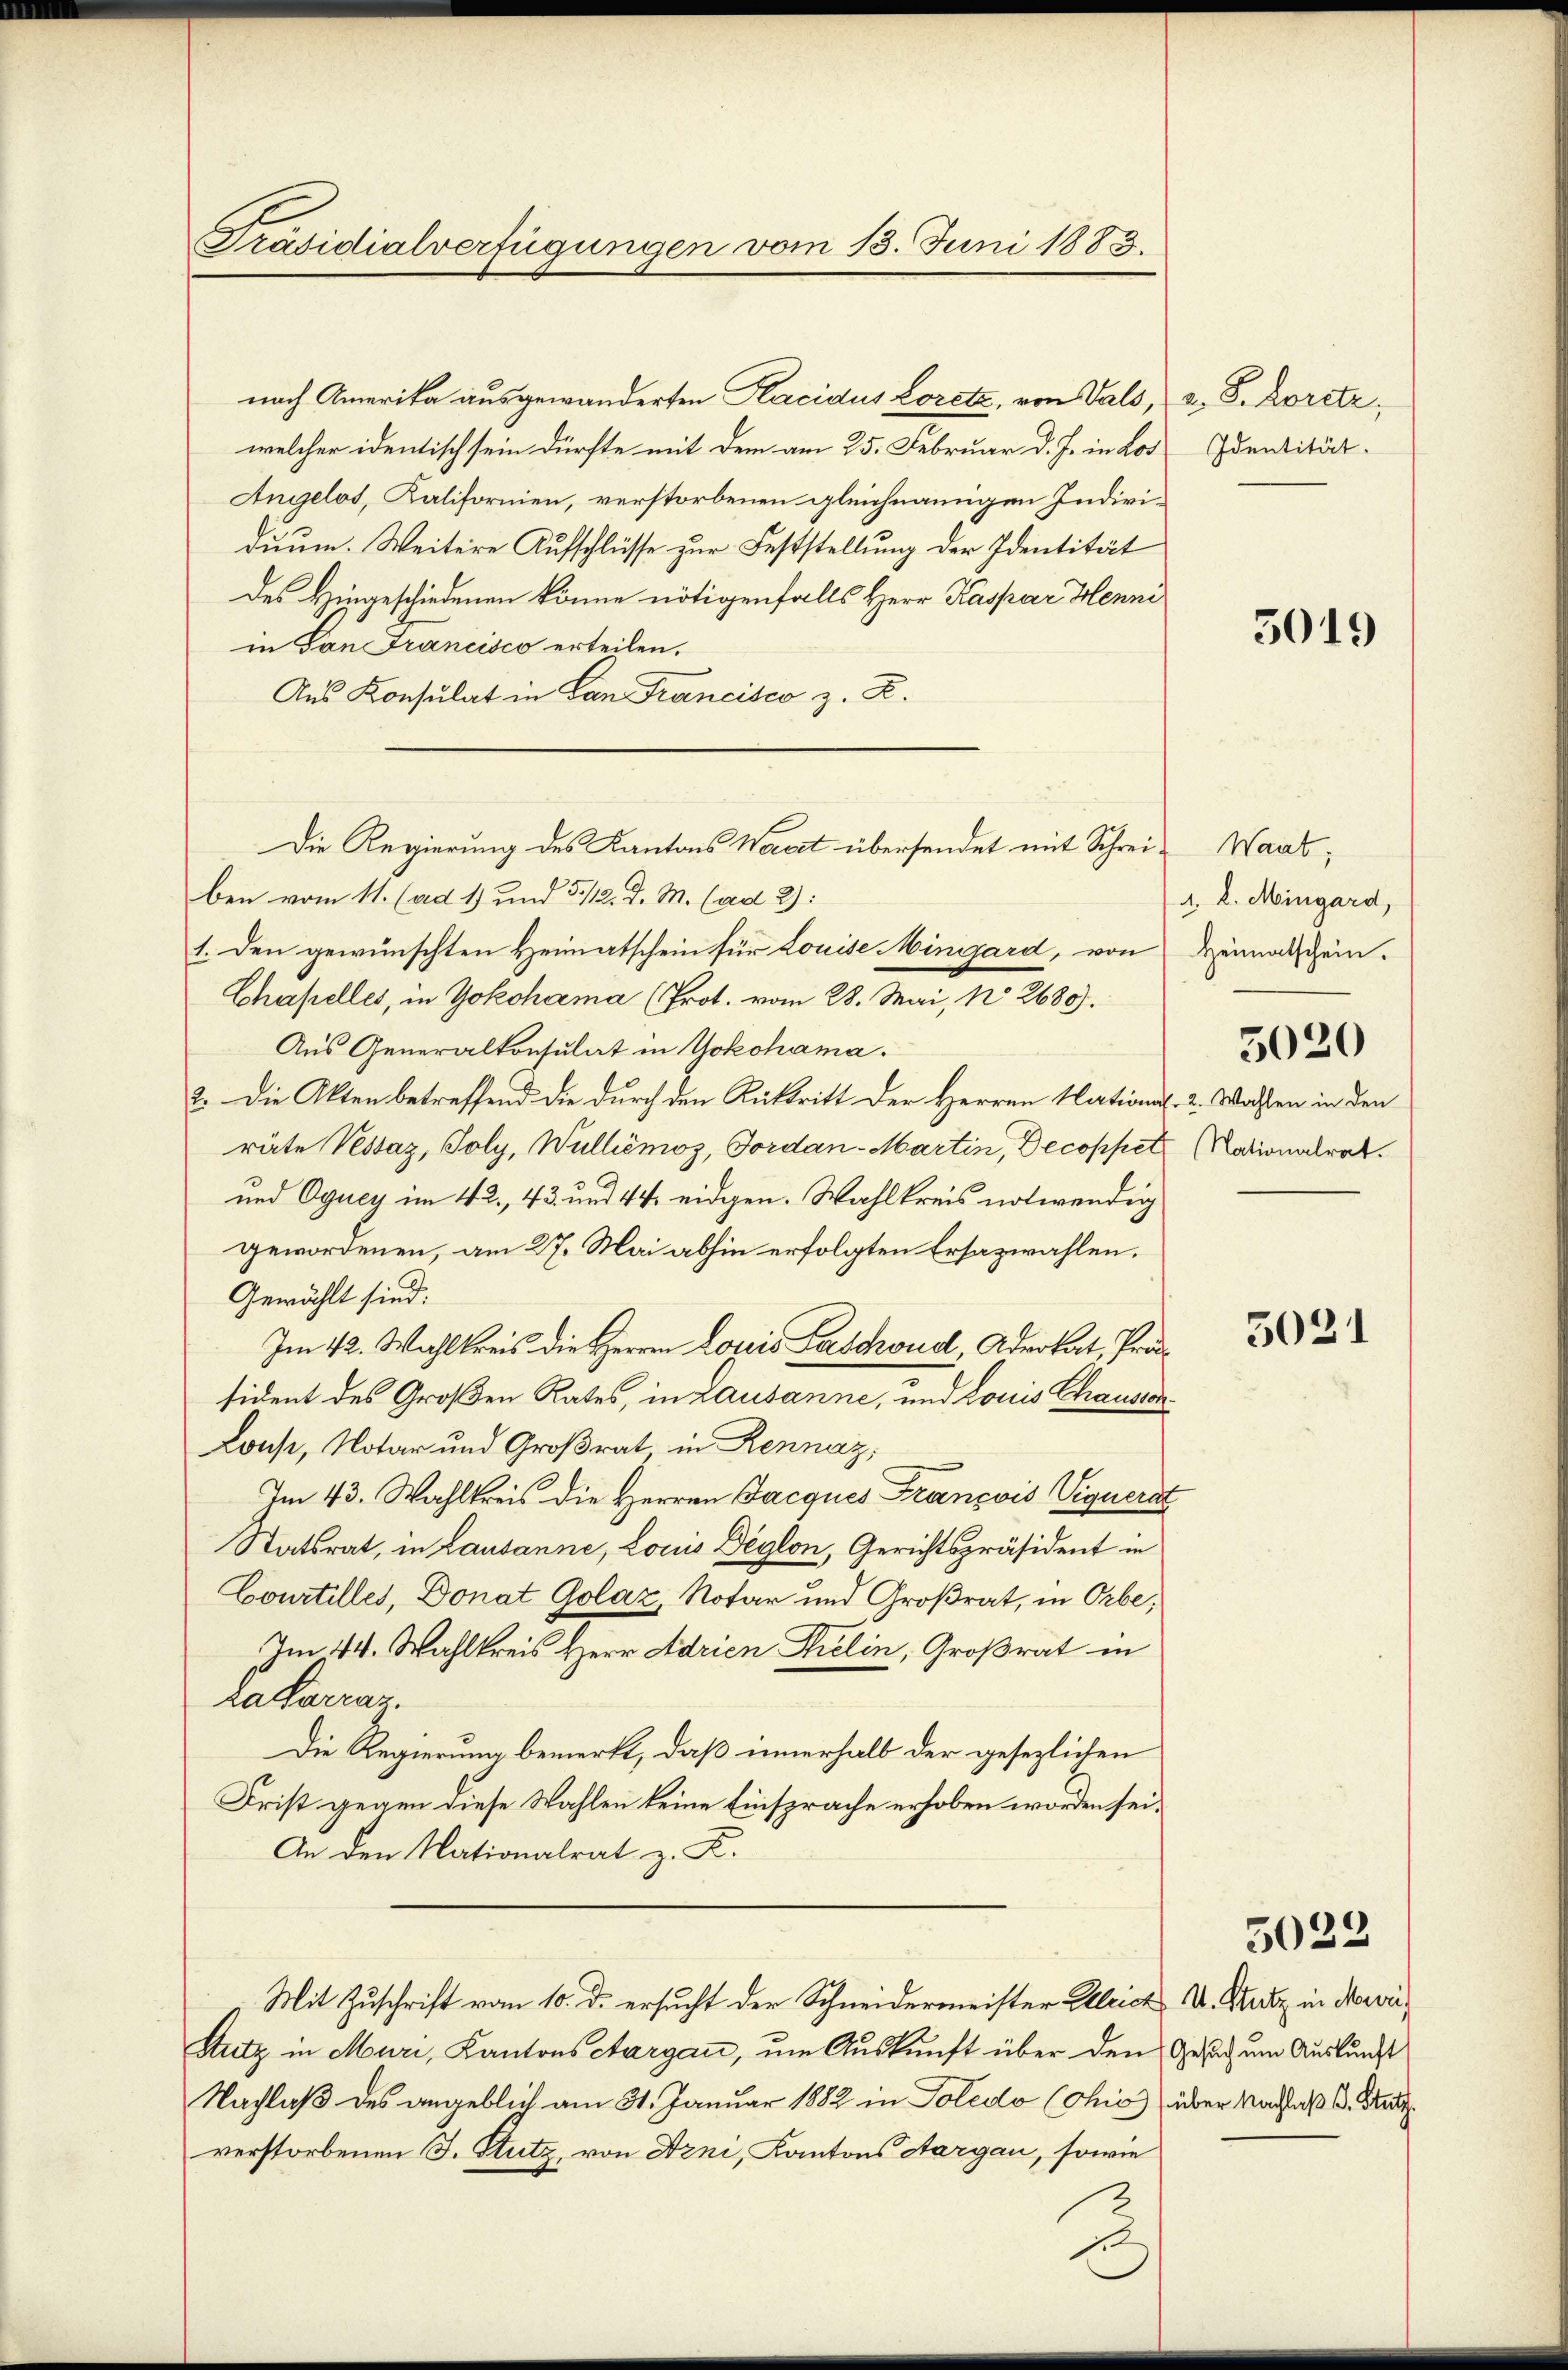
Präsidialverfügungen vom 13. Juni 1883.

Die Regierung des Kantons Werckt übersendet mit Schrei¬

.

nach Amerika ausgewanderten Placidus Loretz, von Vals,
welcher identisch sein dürfte mit dem am 25. Februar d. J. in Los¬
Angelos, Kalifornien, verstorbenen gleichnangen Individuum. Weitere Aufschlüsse zur Feststellung der Identität
des Hingeschiedenen könne nötigenfalls Herr Kaspar Henni
in San Francisco erteilen.
Aus Konsulat in Lan Francisco z. Z.
ben vom 11. (ad 1. und 51/12. d. M. (ad 2):
1. Den gewünschten Heimatschein für Louise Mingard, von
Chapelles, in Yokohama (Prot. vom 28. Mai, No 2680.
Aus Generalkonsulat in Yokohama.
2. Die Akten betreffend die durch den Rücktritt der Herren National. 2. Wassen in den
räte Vessaz, Toly, Walliémoz, Jordan-Martin, Decoppet
und Oguey im 42, 43 und 44. eidgen. Wahlkreis notwendig
gewordenen, am 27. Mai abhin erfolgten Ersazwahlen.
Gewählt sind:
Im 42. Wahlkreis die Herren Louis Faschoud, Advokat, Präsident des Großen Rates, in Lausanne, und Louis Chausion
Louse, Notar und Großrat, in Rennaz;
Im 43. Wahlkreis die Herren Jacques François Vignerat
Statsrat, in Lausanne, Louis Deglon, Gerichtspräsident in
Courtilles, Donat Golaz, Notar und Großrat, in Orbe,
Im 44. Wahlkreis Herr Adrien Selin, Großrat in
katarraz.
Die Regierung bemerkt, daß innerhalb der gesezlichen
Frist gegen diese Wahlen keine Einsprache erhoben worden sei.
An den Nationalrat z. K.
Mit Zuschrift vom 10. d. ersucht der Schneidermeister Alleich u. Stutz in Nerver¬
Stutz in Muri, Kantons Aargau, um Auskunft über den Gesuch um Auskunft
Nachlaß des angeblich am 31. Januar 1882 in Poledo (Chis über Nachlaß d. Statt
verstorbenen J. Stutz, von Drni, Kantons Aargau, sowie

a. S. Lorete,
Identität.

5019

Waat.
A. L. Mingard,
Heimatschein.

5020

Nationalrat.

5021

5022